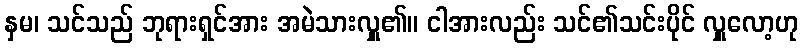
နှမ၊ သင်သည် ဘုရားရှင်အား အမဲသားလှူ၏။ ငါအားလည်း သင်၏သင်းပိုင် လှူလော့ဟု